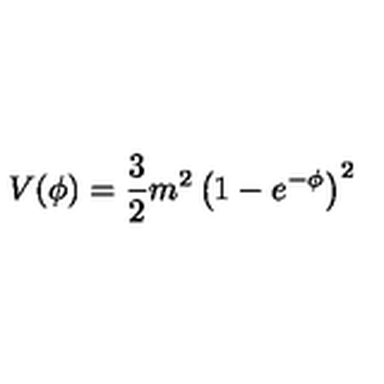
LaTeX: V ( \phi ) = \frac { 3 } { 2 } m ^ { 2 } \left( 1 - e ^ { - \phi } \right) ^ { 2 }